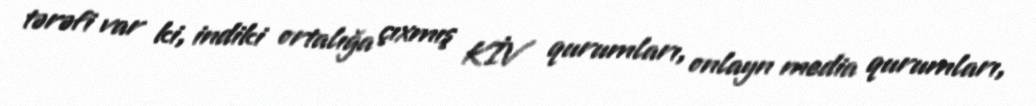
tərəfi var ki, indiki ortalığa çıxmış KİV qurumları, onlayn media qurumları,